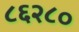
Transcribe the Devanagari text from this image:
८६२८०